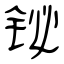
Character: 铋